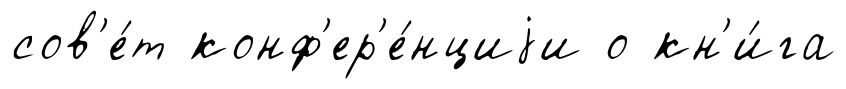
сов'е́т конф'ер'е́нциjи о кн'и́га